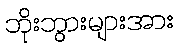
ဘိုးဘွားများအား